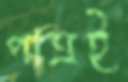
পাত্রই